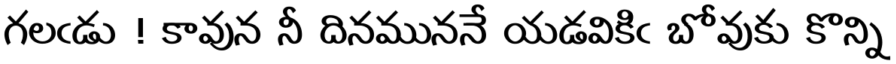
గలఁడు ! కావున నీ దినముననే యడవికిఁ బోవుకు కొన్ని